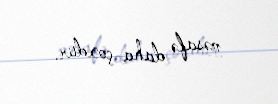
məsafə daha çoxdur.